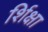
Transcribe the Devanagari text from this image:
र्शिक्षा